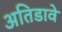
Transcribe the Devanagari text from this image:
अतिडावे